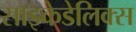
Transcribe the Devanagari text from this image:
साइकेडेलिक्स